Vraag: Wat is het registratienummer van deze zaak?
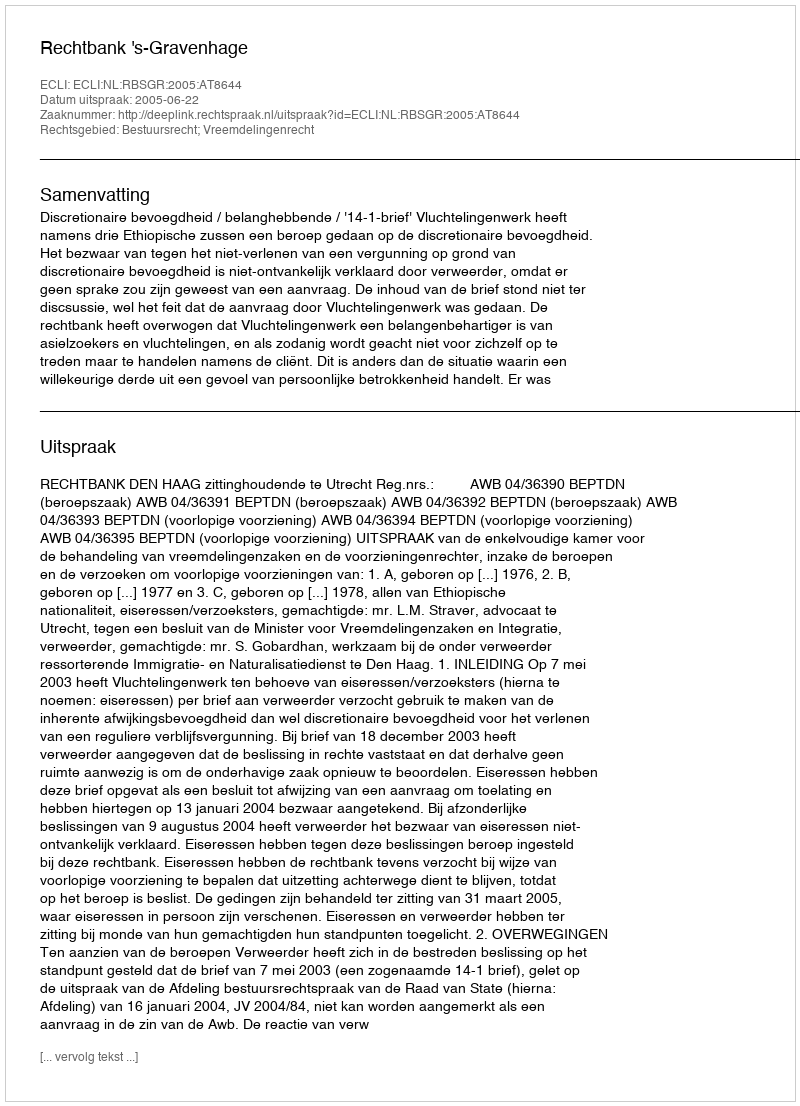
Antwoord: http://deeplink.rechtspraak.nl/uitspraak?id=ECLI:NL:RBSGR:2005:AT8644